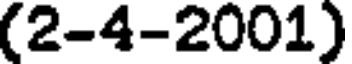
(2-4-2001)